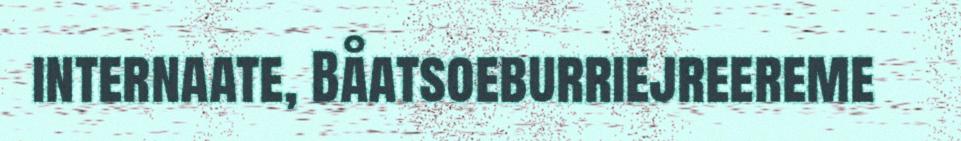
internaate, Båatsoeburriejreereme